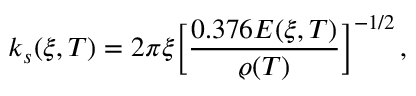
k _ { s } ( \xi , T ) = 2 \pi \xi \bigg [ \frac { 0 . 3 7 6 E ( \xi , T ) } { \varrho ( T ) } \bigg ] ^ { - 1 / 2 } \, ,